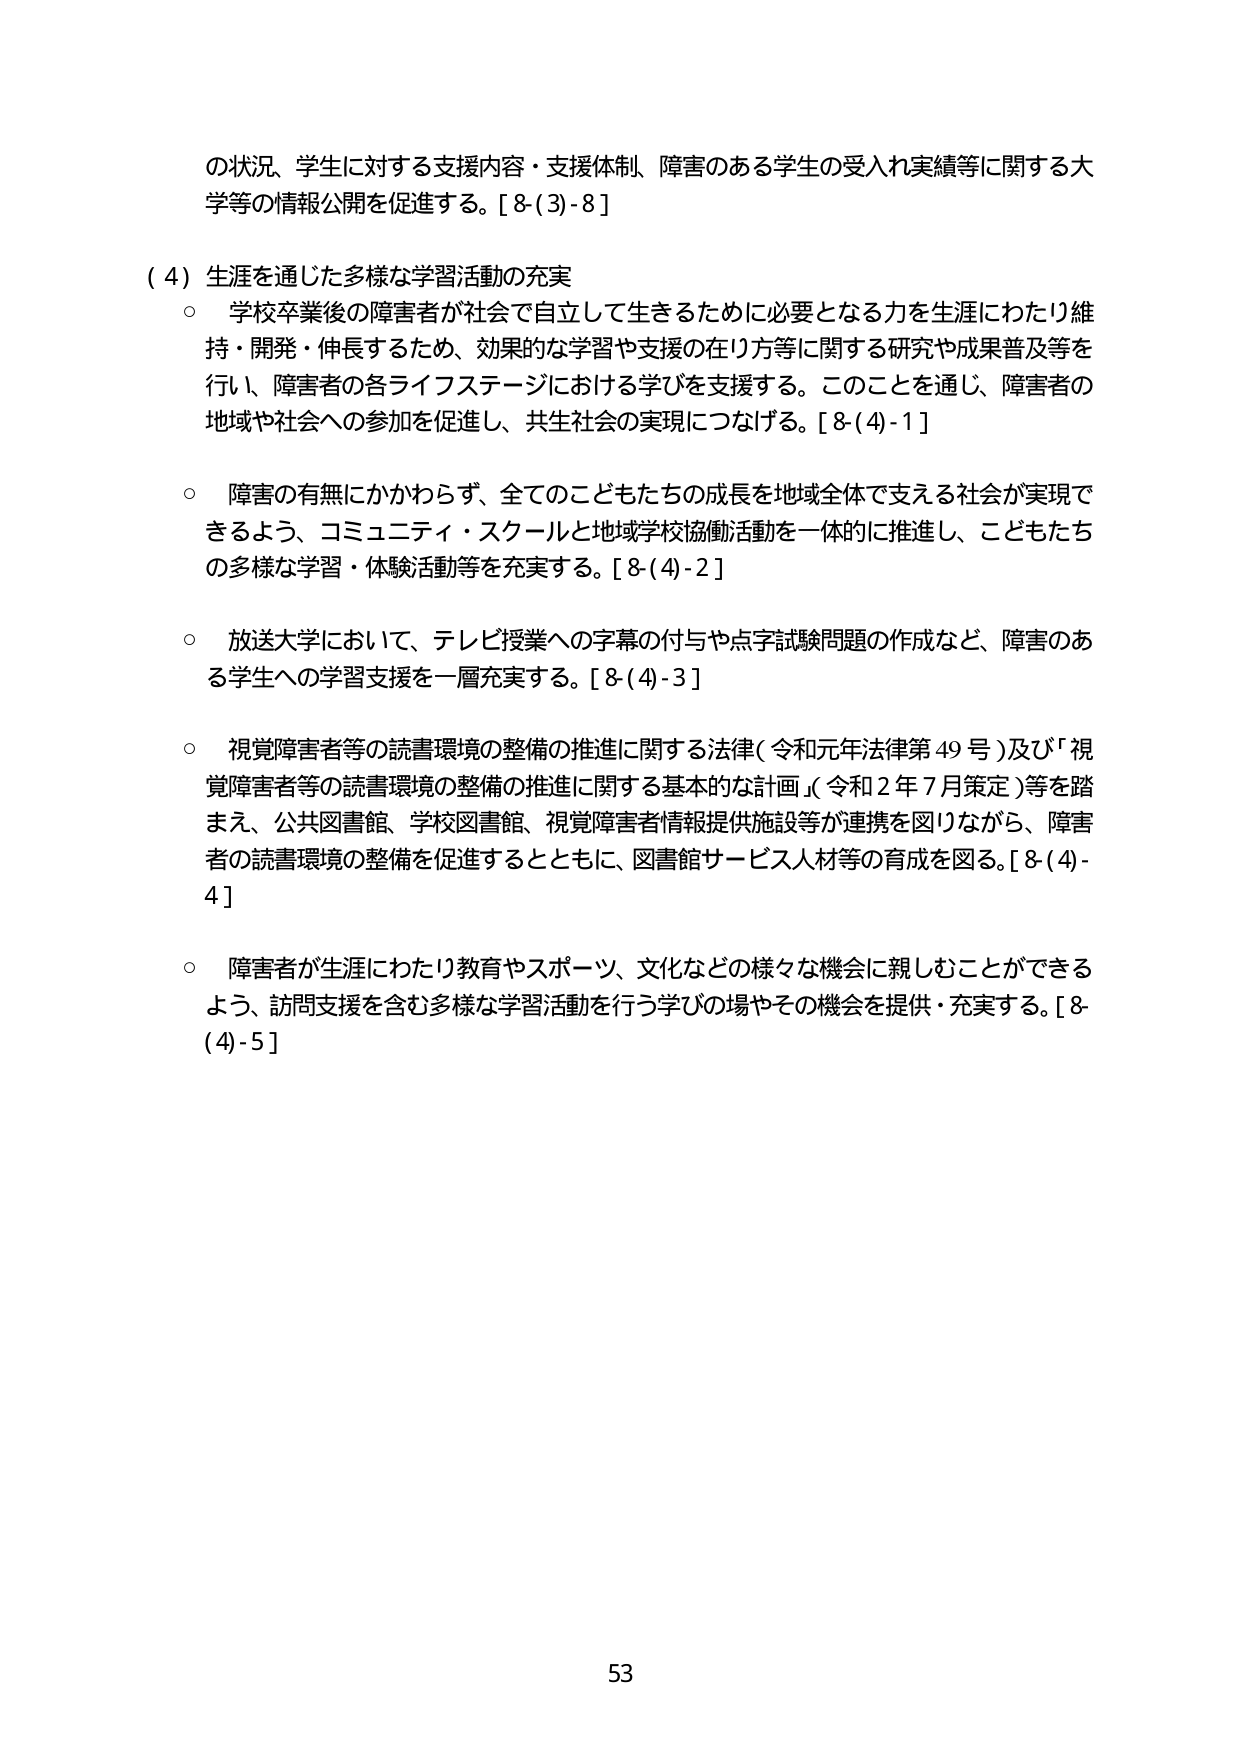
の状況、学生に対する支援内容・支援体制、障害のある学生の受入れ実績等に関する大学等の情報公開を促進する。[8-(3)-8]

（4）生涯を通じた多様な学習活動の充実
○ 学校卒業後の障害者が社会で自立して生きるために必要となる力を生涯にわたり維持・開発・伸長するため、効果的な学習や支援の在り方等に関する研究や成果普及等を行い、障害者の各ライフステージにおける学びを支援する。このことを通じ、障害者の地域や社会への参加を促進し、共生社会の実現につなげる。[8-(4)-1]

○ 障害の有無にかかわらず、全てのこどもたちの成長を地域全体で支える社会が実現できるよう、コミュニティ・スクールと地域学校協働活動を一体的に推進し、こどもたちの多様な学習・体験活動等を充実する。[8-(4)-2]

○ 放送大学において、テレビ授業への字幕の付与や点字試験問題の作成など、障害のある学生への学習支援を一層充実する。[8-(4)-3]

○ 視覚障害者等の読書環境の整備の推進に関する法律（令和元年法律第49号）及び「視覚障害者等の読書環境の整備の推進に関する基本的な計画」（令和2年7月策定）等を踏まえ、公共図書館、学校図書館、視覚障害者情報提供施設等が連携を図りながら、障害者の読書環境の整備を促進するとともに、図書館サービス人材等の育成を図る。[8-(4)-4]

○ 障害者が生涯にわたり教育やスポーツ、文化などの様々な機会に親しむことができるよう、訪問支援を含む多様な学習活動を行う学びの場やその機会を提供・充実する。[8-(4)-5]

53